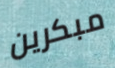
مبكرين